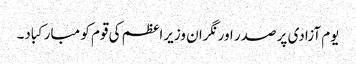
یوم آزادی پر صدر اور نگران وزیراعظم کی قوم کو مبارکباد۔